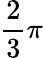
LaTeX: \frac 23\pi